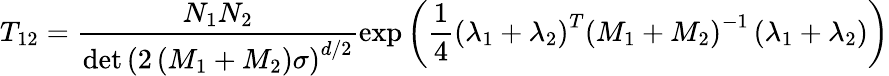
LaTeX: T_{12}=\frac{N_{1}N_{2}}{\operatorname*{det}\left(2\left(M_{1}+M_{2}\right)\sigma\right)^{d/2}}\exp\left(\frac{1}{4}\left(\lambda_{1}+\lambda_{2}\right)^{T}\left(M_{1}+M_{2}\right)^{-1}\left(\lambda_{1}+\lambda_{2}\right)\right)